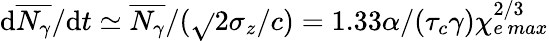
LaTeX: \mathrm{d}\overline{{{N_{\gamma}}}}/\mathrm{d}t\simeq\overline{{{N_{\gamma}}}}/(\sqrt{}{{2}}\sigma_{z}/c)=1.33\alpha/(\tau_{c}\gamma)\chi_{e\, max}^{2/3}